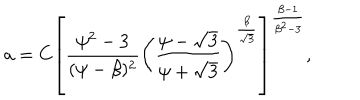
a = C \left[ \frac { \psi ^ { 2 } - 3 } { ( \psi - \beta ) ^ { 2 } } \left( \frac { \psi - \sqrt 3 } { \psi + \sqrt 3 } \right) ^ { \frac { \beta } { \sqrt 3 } } \right] ^ { \frac { \beta - 1 } { \beta ^ { 2 } - 3 } } ,